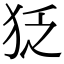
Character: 𤝑